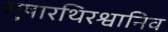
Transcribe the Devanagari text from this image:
सुषारथिरश्वानिव